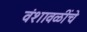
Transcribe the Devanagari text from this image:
वंशावळींचे